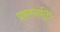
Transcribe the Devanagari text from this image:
प्रकरणवृत्ति